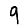
Digit: 9